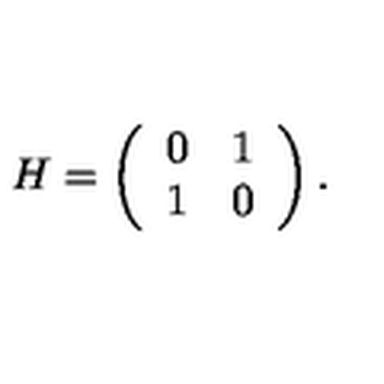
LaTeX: H = \left( \begin{array} { c c } { 0 } & { 1 } \\ { 1 } & { 0 } \\ \end{array} \right) .